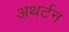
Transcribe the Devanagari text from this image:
अथर्टन